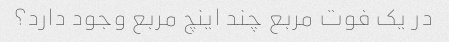
در یک فوت مربع چند اینچ مربع وجود دارد؟